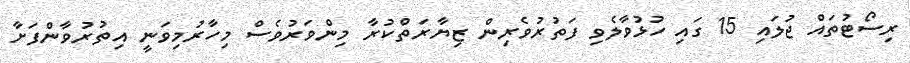
ރިސޯޓުތައް ޖުލައި 15 ގައި ހުޅުވާލެވި ފަތުރުވެރިން ޒިޔާރަތްކުރާ މިންވަރުވެސް މިހާރުމިވަނީ އިތުރުވާންފަށާ